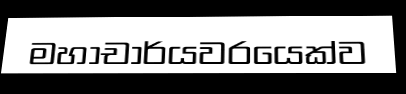
මහාචාර්යවරයෙක්ව